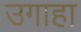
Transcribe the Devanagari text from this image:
उगाहा